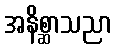
အနိစ္ဆာသညာ